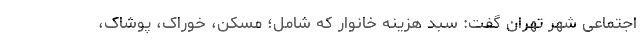
اجتماعی شهر تهران گفت: سبد هزینه خانوار که شامل؛ مسکن، خوراک، پوشاک،